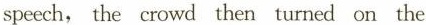
speech, the crowd then turned on the